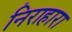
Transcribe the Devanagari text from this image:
निराहारा